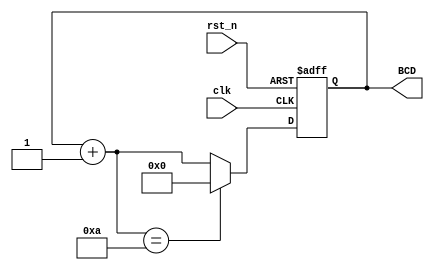
`timescale 1ns / 1ps
//////////////////////////////////////////////////////////////////////////////////
// Company: 
// Engineer: 
// 
// Design Name: 
// Module Name: BCD_counter
// Project Name: 
// Target Devices: 
// Tool Versions: 
// Description: 
// 
// Dependencies: 
// 
// Revision:
// Revision 0.01 - File Created
// Additional Comments:
// 
//////////////////////////////////////////////////////////////////////////////////


module BCD_counter(
    output reg [3:0] BCD,
    input clk,
    input rst_n
    );
    
     reg [3:0] d;
       
     always @(posedge clk or negedge rst_n)
     begin
         if(rst_n == 0)
            BCD <= 4'b0000;
         else if(d == 4'b1010)
            BCD <= 4'b0000;
         else
            BCD <= d;
       end
       
       always @*
           d = BCD + 1;
       
    
endmodule